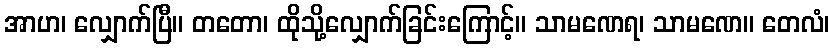
အာဟ၊ လျှောက်ပြီ။ တတော၊ ထိုသို့လျှောက်ခြင်းကြောင့်။ သာမဏေရ၊ သာမဏေ။ တေလံ၊